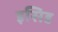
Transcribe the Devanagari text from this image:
इसिड